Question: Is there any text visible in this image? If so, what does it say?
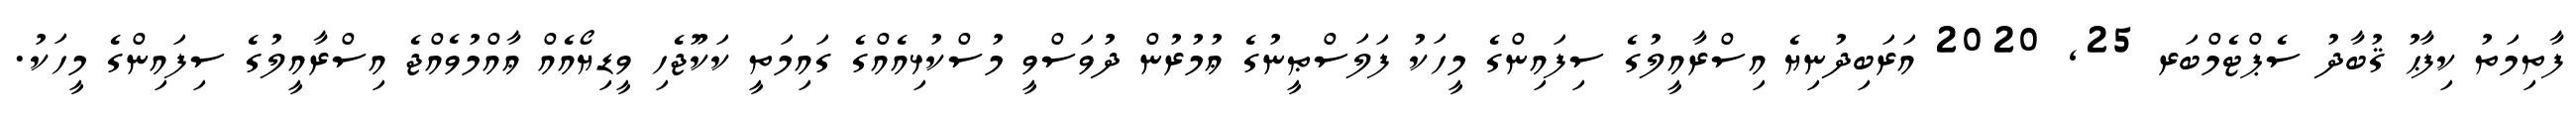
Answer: ފާތިމަތު ކިފާޙު ޤުބާދު ސެޕްޓެމްބަރ 25, 2020 އަރަބިދުނިޔެ އިސްރާއީލުގެ ސިފައިންގެ މީހަކު ފަލަސްޠީނުގެ ޢުމުރުން ދުވަސްވީ މުސްކުޅިއެއްގެ ގައިމަތީ ކަކޫޖެހި ވީޑިޔޯއެއް ޢާއްމުވެއްޖެ އިސްރާއީލުގެ ސިފައިންގެ މީހަކު.